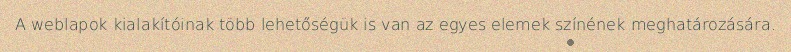
A weblapok kialakítóinak több lehetőségük is van az egyes elemek színének meghatározására.